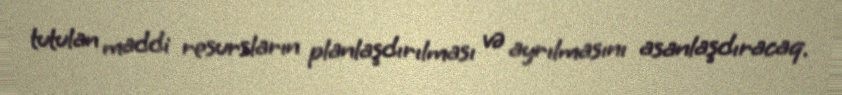
tutulan maddi resursların planlaşdırılması və ayrılmasını asanlaşdıracaq.